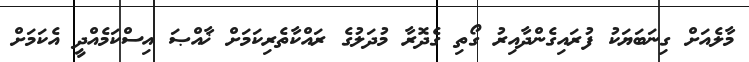
މާލެއަށް ގިނަބަޔަކު ފުރައިގެންދާއިރު ގޯތި ގެދޮރާ މުދަލުގެ ރައްކާތެރިކަމަށް ޚާއްޞަ އިސްކަމެއްދީ އެކަމަށް